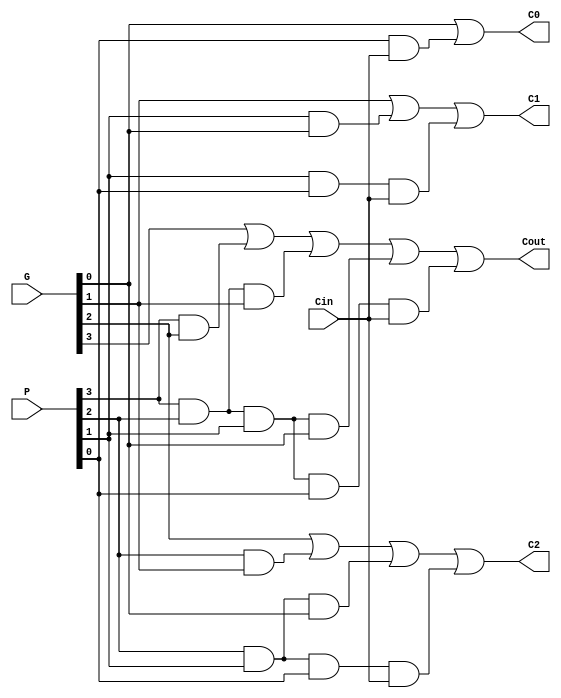
module CLG(Cout, C0, C1, C2, Cin, G, P);
output Cout, C0, C1, C2;
input Cin;
input [3:0] G, P;

assign C0 = G[0] | (P[0] & Cin);
assign C1 = G[1] | (P[1] & G[0]) | (P[1] & P[0] & Cin);
assign C2 = G[2] | (P[2] & G[1]) | (P[2] & P[1] & G[0]) | (P[2] & P[1] & P[0] & Cin);
assign Cout = G[3] | (P[3] & G[2]) | (P[3] & P[2] & G[1]) | (P[3] & P[2] & P[1] & G[0]) |
 (P[3] & P[2] & P[1] & P[0] & Cin);


endmodule